Indian journal of veterinary science and animal husbandry - Volumes 26-27, 1956-1957
Year: 1956
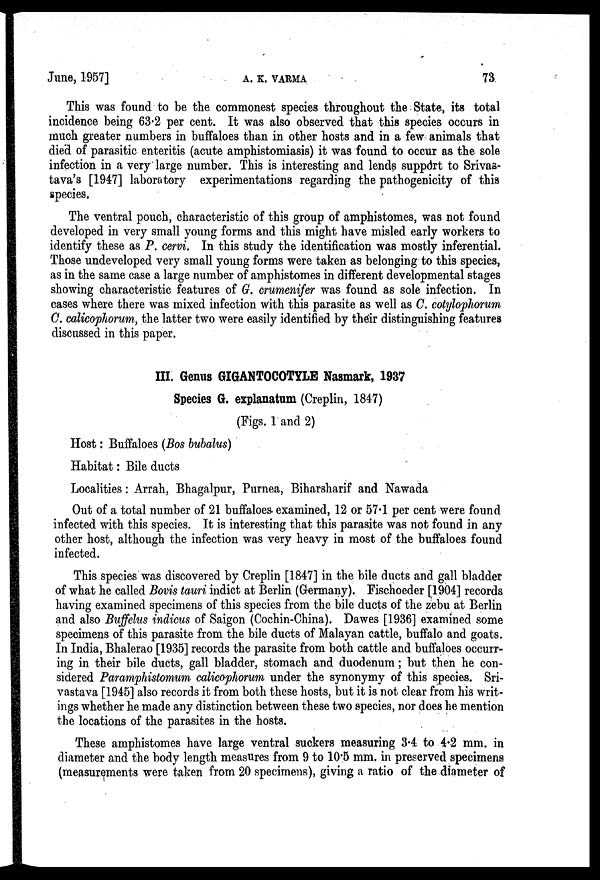
June, 1957]
A.
K.
VARMA
73
This was found to be the commonest species throughout the State, its total
incidence being 63.2 per cent. It was also observed that this species occurs in
much greater numbers in buffaloes than in other hosts and in a few animals that
died of parasitic enteritis (acute amphistomiasis) it was found to occur as the sole
infection in a very large number. This is interesting and lends support to Srivas¬
tava's [1947] laboratory experimentations regarding the pathogenicity of this
species.
The ventral pouch, characteristic of this group of amphistomes, was not found
developed in very small young forms and this might have misled early workers to
identify these as P. cervi. In this study the identification was mostly inferential.
Those undeveloped very small young forms were taken as belonging to this species,
as in the same case a large number of amphistomes in different developmental stages
showing characteristic features of G. crumenifer was found as sole infection. In
cases where there was mixed infection with this parasite as well as C. cotylophorum
C. calicophorum, the latter two were easily identified by their distinguishing features
discussed in this paper.
III. Genus GIGANTOCOTYLE Nasmark, 1937
Species G. explanatum (Creplin, 1847)
(Figs. 1 and 2)
Host: Buffaloes (Bos bubalus)
Habitat: Bile ducts
Localities: Arrah, Bhagalpur, Purnea, Biharsharif and Nawada
Out of a total number of 21 buffaloes examined, 12 or 57.1 per cent were found
infected with this species. It is interesting that this parasite was not found in any
other host, although the infection was very heavy in most of the buffaloes found
infected.
This species was discovered by Creplin [1847] in the bile ducts and gall bladder
of what he called Bovis tauri indict at Berlin (Germany). Fischoeder [1904] records
having examined specimens of this species from the bile ducts of the zebu at Berlin
and also Buffelus indicus of Saigon (Cochin-China). Dawes [1936] examined some
specimens of this parasite from the bile ducts of Malayan cattle, buffalo and goats.
In India, Bhalerao [1935] records the parasite from both cattle and buffaloes occurr-
ing in their bile ducts, gall bladder, stomach and duodenum; but then he con-
sidered Paramphistomum calicophorum under the synonymy of this species. Sri-
vastava [1945] also records it from both these hosts, but it is not clear from his writ-
ings whether he made any distinction between these two species, nor does he mention
the locations of the parasites in the hosts.
These amphistomes have large ventral suckers measuring 3.4 to 4.2 mm. in
diameter and the body length measures from 9 to 10.5 mm. in preserved specimens
(measurements were taken from 20 specimens), giving a ratio of the diameter of